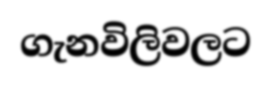
ගැනවිලිවලට